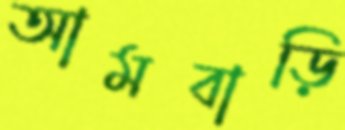
আমবাড়ি